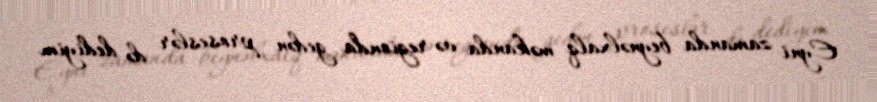
Eyni zamanda beynəlxalq məkanda və regionda gedən proseslər də dediyim